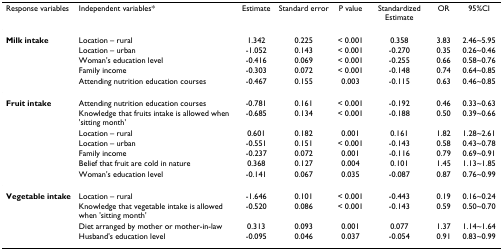
<table><thead><tr><td><b>Response variables</b></td><td><b>Independent variables*</b></td><td><b>Estimate</b></td><td><b>Standard error</b></td><td><b>P value</b></td><td><b>Standardized Estimate</b></td><td><b>OR</b></td><td><b>95%CI</b></td></tr></thead><tbody><tr><td><b>Milk intake</b></td><td>Location – rural</td><td>1.342</td><td>0.225</td><td>&lt; 0.001</td><td>0.358</td><td>3.83</td><td>2.46~5.95</td></tr><tr><td></td><td>Location – urban</td><td>-1.052</td><td>0.143</td><td>&lt; 0.001</td><td>-0.270</td><td>0.35</td><td>0.26~0.46</td></tr><tr><td></td><td>Woman&#x27;s education level</td><td>-0.416</td><td>0.069</td><td>&lt; 0.001</td><td>-0.255</td><td>0.66</td><td>0.58~0.76</td></tr><tr><td></td><td>Family income</td><td>-0.303</td><td>0.072</td><td>&lt; 0.001</td><td>-0.148</td><td>0.74</td><td>0.64~0.85</td></tr><tr><td></td><td>Attending nutrition education courses</td><td>-0.467</td><td>0.155</td><td>0.003</td><td>-0.115</td><td>0.63</td><td>0.46~0.85</td></tr><tr><td><b>Fruit intake</b></td><td>Attending nutrition education courses</td><td>-0.781</td><td>0.161</td><td>&lt; 0.001</td><td>-0.192</td><td>0.46</td><td>0.33~0.63</td></tr><tr><td></td><td>Knowledge that fruits intake is allowed when &#x27;sitting month&#x27;</td><td>-0.685</td><td>0.134</td><td>&lt; 0.001</td><td>-0.188</td><td>0.50</td><td>0.39~0.66</td></tr><tr><td></td><td>Location – rural</td><td>0.601</td><td>0.182</td><td>0.001</td><td>0.161</td><td>1.82</td><td>1.28~2.61</td></tr><tr><td></td><td>Location – urban</td><td>-0.551</td><td>0.151</td><td>&lt; 0.001</td><td>-0.143</td><td>0.58</td><td>0.43~0.78</td></tr><tr><td></td><td>Family income</td><td>-0.237</td><td>0.072</td><td>0.001</td><td>-0.116</td><td>0.79</td><td>0.69~0.91</td></tr><tr><td></td><td>Belief that fruit are cold in nature</td><td>0.368</td><td>0.127</td><td>0.004</td><td>0.101</td><td>1.45</td><td>1.13~1.85</td></tr><tr><td></td><td>Woman&#x27;s education level</td><td>-0.141</td><td>0.067</td><td>0.035</td><td>-0.087</td><td>0.87</td><td>0.76~0.99</td></tr><tr><td><b>Vegetable intake</b></td><td>Location – rural</td><td>-1.646</td><td>0.101</td><td>&lt; 0.001</td><td>-0.443</td><td>0.19</td><td>0.16~0.24</td></tr><tr><td></td><td>Knowledge that vegetable intake is allowed when &#x27;sitting month&#x27;</td><td>-0.520</td><td>0.086</td><td>&lt; 0.001</td><td>-0.143</td><td>0.59</td><td>0.50~0.70</td></tr><tr><td></td><td>Diet arranged by mother or mother-in-law</td><td>0.313</td><td>0.093</td><td>0.001</td><td>0.077</td><td>1.37</td><td>1.14~1.64</td></tr><tr><td></td><td>Husband&#x27;s education level</td><td>-0.095</td><td>0.046</td><td>0.037</td><td>-0.054</td><td>0.91</td><td>0.83~0.99</td></tr></tbody></table>